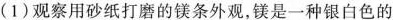
(1)观察用砂纸打磨的镁条外观，镁是一种银白色的